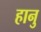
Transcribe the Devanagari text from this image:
हानु